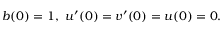
b ( 0 ) = 1 , ~ u ^ { \prime } ( 0 ) = v ^ { \prime } ( 0 ) = u ( 0 ) = 0 .